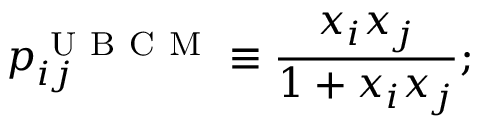
p _ { i j } ^ { \mathrm { ~ U ~ B ~ C ~ M ~ } } \equiv \frac { x _ { i } x _ { j } } { 1 + x _ { i } x _ { j } } ;